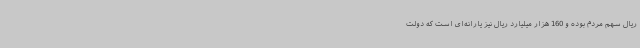
ریال سهم مردم بوده و 160 هزار میلیارد ریال نیز یارانه‌ای است که دولت